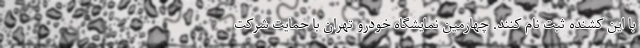
با این کشنده ثبت نام کنند. چهارمین نمایشگاه خودرو تهران با حمایت شرکت